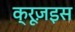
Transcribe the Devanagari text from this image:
क्रूज़इस